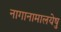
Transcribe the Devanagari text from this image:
नागानामालयेषु